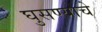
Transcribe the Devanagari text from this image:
घुसण्याचे